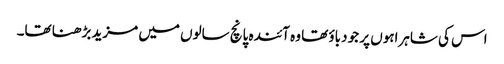
اس کی شاہراہوں پر جو دباؤ تھا وہ آئندہ پانچ سالوں میں مزید بڑھنا تھا۔